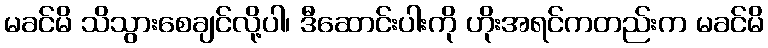
မခင်မိ သိသွားစေချင်လို့ပါ၊ ဒီဆောင်းပါးကို ဟိုးအရင်ကတည်းက မခင်မိ